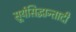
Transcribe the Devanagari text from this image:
सूर्यसिद्धान्तादी